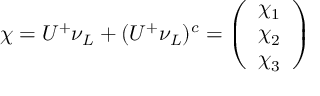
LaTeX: \chi = U ^ { + } \nu _ { L } + ( U ^ { + } \nu _ { L } ) ^ { c } = \left( \begin{array} { c } { { \chi _ { 1 } } } \\ { { \chi _ { 2 } } } \\ { { \chi _ { 3 } } } \end{array} \right)